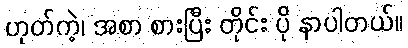
ဟုတ်ကဲ့၊ အစာ စားပြီး တိုင်း ပို နာပါတယ်။